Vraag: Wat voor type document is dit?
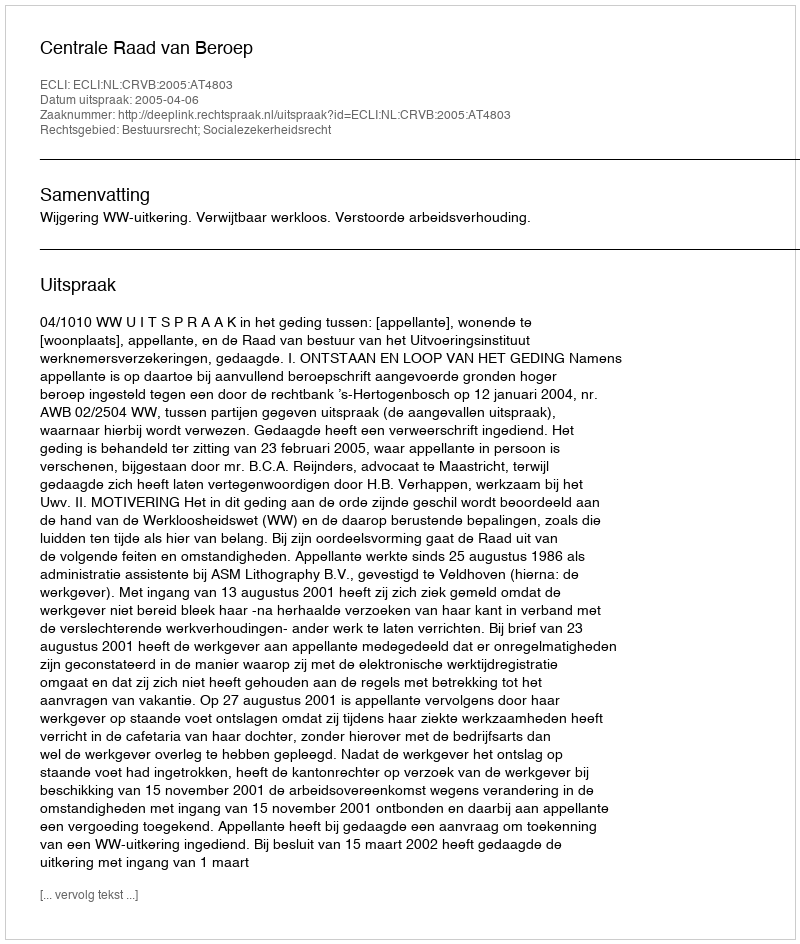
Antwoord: Uitspraak